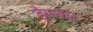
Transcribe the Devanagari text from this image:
ड्रैगन्स।